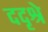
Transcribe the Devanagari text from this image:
ददृश्रे